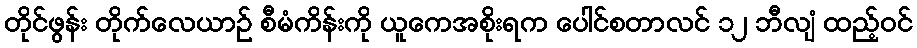
တိုင်ဖွန်း တိုက်လေယာဉ် စီမံကိန်းကို ယူကေအစိုးရက ပေါင်စတာလင် ၁၂ ဘီလျံ ထည့်ဝင်